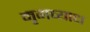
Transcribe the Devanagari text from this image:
मृगव्याध